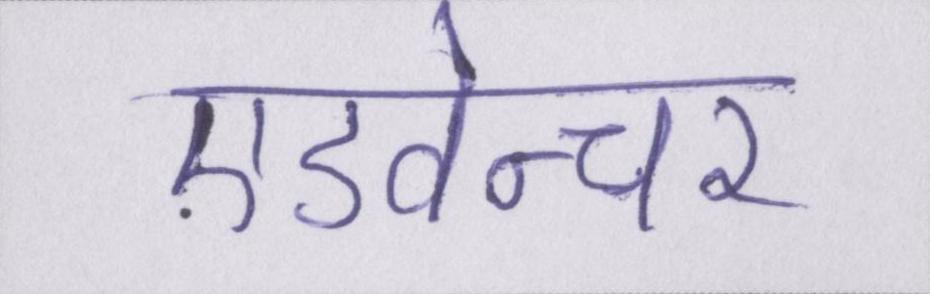
एडवेन्चर